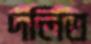
দলিত